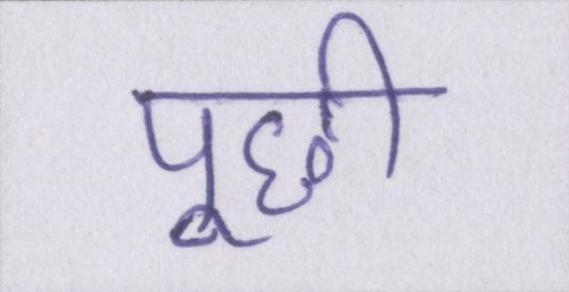
पूछी